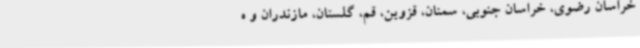
خراسان رضوی، خراسان جنوبی، سمنان، قزوین، قم، گلستان، مازندران و ه